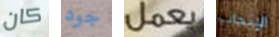
كان جود يعمل الإنجاب